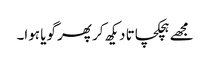
مجھے ہچکچاتا دیکھ کر پھر گویا ہوا۔